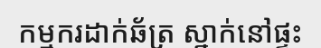
កម្មករដាក់ឆ័ត្រ ស្នាក់នៅផ្ទះ